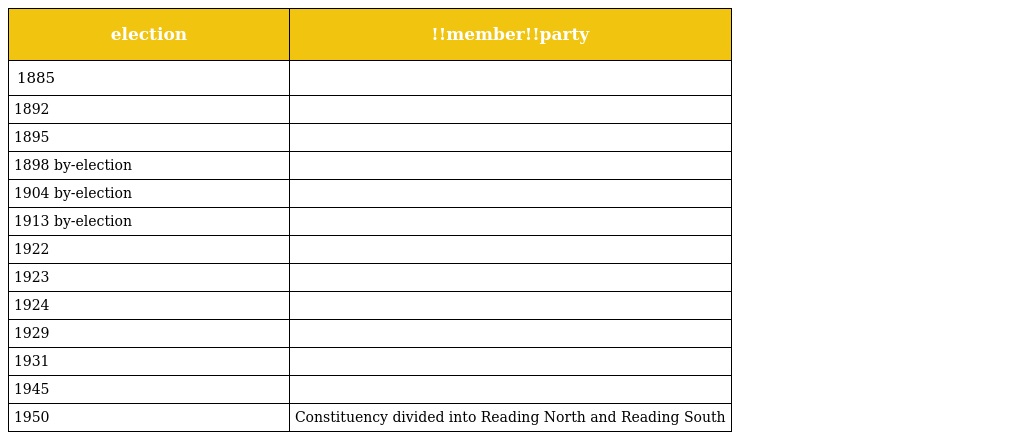
| election | !!member!!party |
 | --- | --- |
 | 1885 |  |
 | 1892 |  |
 | 1895 |  |
 | 1898 by-election |  |
 | 1904 by-election |  |
 | 1913 by-election |  |
 | 1922 |  |
 | 1923 |  |
 | 1924 |  |
 | 1929 |  |
 | 1931 |  |
 | 1945 |  |
 | 1950 | Constituency divided into Reading North and Reading South |